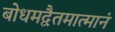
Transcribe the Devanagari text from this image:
बोधमद्वैतमात्मानं